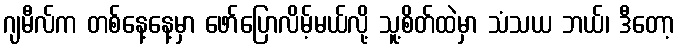
ဂျမီလ်က တစ်နေ့နေ့မှာ ဖော်ပြောလိမ့်မယ်လို့ သူ့စိတ်ထဲမှာ သံသယ ဘယ်၊ ဒီတော့